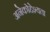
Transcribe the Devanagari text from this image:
अनेकोद्देश्यता